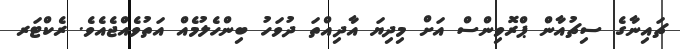
ޗައިނާގެ ސިޗުއާން ޕްރޮވިންސް އަށް މިދިޔަ އާދިއްތަ ދުވަހު ބިންހެލުމެއް އަތުވެއްޖެއެވެ. ރެކްޓަރ